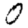
Digit: 0